Report on vaccination in the Province of Bengal - 1869-1873
Year: 1869
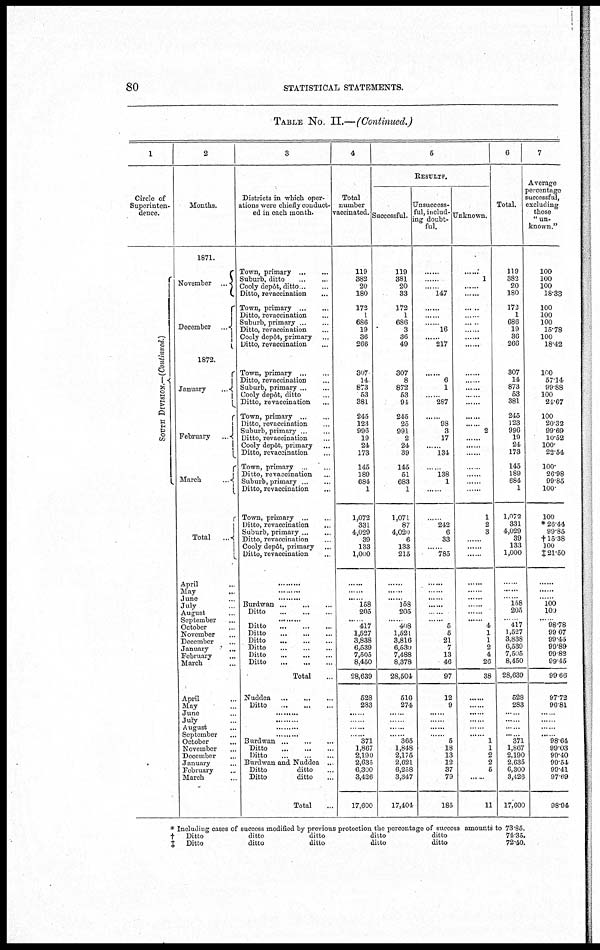
80
STATISTICAL STATEMENTS.
TABLE No. II.—(Continued.)
1
Circle of
Superinten-
dence.
S OUTH DIVISION.—(Continued.)
2
Months.
1871.
November...
December...
1872.
January...
February...
March
...
Total...
April..
May
...
June ....
July...
August
September
October...
November...
December...
January...
February...
March...
April...
May...
June...
July...
August...
September...
October...
November...
December
January...
February...
March...
3
Districts in which oper-
ations were chiefly conduct-
ed in each month.
Town,
primary...
...
Suburb, ditto
...
...
Cooly depôt, ditto.. ...
Ditto, revaccination... ...
Town,
primary...
...
Ditto, revaccination... ...
Suburb, primary.. ...
Ditto, revaccination... ...
Cooly depôt, primary... ...
Ditto, revaccination... ...
Town, primary... ...
Ditto, revaccination... ...
Suburb,
primary... ...
Cooly depôt, ditto... ...
Ditto, revaccination... ...
Town,
primary...
...
Ditto, revaccination... ...
Suburb, primary.. ...
Ditto, revaccination... ...
Cooly depôt, primary...
Ditto, revaccination...
Town, primary...
Ditto, revaccination...
Suburb, primary...
...
Ditto, revaccination... ...
Town, primary... ...
Ditto, revaccination... ...
Suburb, primary... ...
Ditto, revaccination... ...
Cooly depôt, primary...
Ditto, revaccination...
.........
.........
.........
Burdwan... ... ... ...
Ditto...
...
...
.........
Ditto
...
...
...
Ditto...
...
...
Ditto
...
...
...
Ditto...
...
...
Ditto...
...
...
Ditto...
...
...
Total...
Nuddea... ... ... ... ...
Ditto ... ... ... ... ...
.........
.........
.........
.........
Burdwan... ... ... ...
Ditto
...
...
...
Ditto...
...
...
...
Burdwan and Nuddea ..
Ditto
ditto..
Ditto
ditto...
Total...
4
Total
number
vaccinated.
119
382
20
180
172
1
686
19
36
266
307
14
873
53
381
245
123
996
19
24
173
145
189
684
1
1,072
331
4,029
39
133
1,000
......
......
......
158
205
...... 417
1,527
3,838
6,539
7,505
8,450
28,639
528
283
......
......
......
......
371
1,867
2,190
2,635
6,300
3,426
17,600
5
RESULTS.
Successful.
119
381
20
33
172
1
686
3
36
49
307
8
872
53
94
245
25
991
2
24
39
145
51
683
1
1,071
87
4,020
6
133
215
......
......
......
158
205
...... 408
1,521
3,816
6,530
7,488
8,378
28,504
516
274
......
......
......
......
365
1,848
2,175
2,621
6,258
3,347
17,404
Unsuccess-
ful, includ-
ing doubt-
ful.
......
......
...... 147
......
......
16
......
......
217
......
6
1
......
287
......
98
3
17
......
134
......
138
1
......
......
242
6
33
...... 785
......
......
......
......
......
......
5
5
21
7
13
46
97
12
9
......
......
......
......
5
18
13
12
37
79
185
Unknown.
......
1
......
......
......
......
......
......
......
......
......
......
......
......
......
......
......
2
......
......
......
......
......
......
......
1
2
3
......
......
......
......
......
......
......
......
...... 4
1
1
2
4
26
38
......
......
......
......
......
......
1
1
2
2
5
......
11
6
Total.
119
382
20
180
172
1
686
19
36
266
307
14
873
53
381
245
123
996
19
24
173
145
189
684
1
1,072
331
4,029
39
133
1,000
......
......
......
158
205
...... 417
1,527
3,838
6,539
7,505
8,450
28,639
528
283
......
......
......
...
371
1,867
2,190
2,635
6,300
3,426
17,600
7
Average
percentage
successful,
excluding
those
"un-
known."
100
100
100
18.33
100
100
100
15.78
100
18.42
100
57.14
99.88
100
24.67
100
20.32
99.69
10.52
100
22.54
100.
26.98
99.85
100.
100
*26.44
99.85
†l5.38
100
‡ 21.50
......
......
......
100
100
...... 98.78
99.67
99.45
99.89
99.82
99.45
99.66
97.72
96.81
......
......
......
......
98.64
99.03
99.40
99.54
99.41
97.69
98.94
*
†
‡
Includiug cases of success modified by previous protection the percentage of success amounts to
Ditto
ditto
ditto
ditto
ditto
Ditto
ditto
ditto
ditto
ditto
73.85.
7435.
72.40.